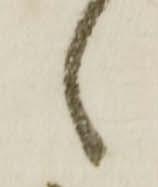
し